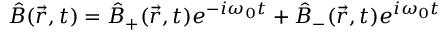
\hat { B } ( \vec { r } , t ) = \hat { B } _ { + } ( \vec { r } , t ) e ^ { - i \omega _ { 0 } t } + \hat { B } _ { - } ( \vec { r } , t ) e ^ { i \omega _ { 0 } t }